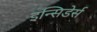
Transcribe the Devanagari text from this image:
इन्सिडेर्स